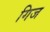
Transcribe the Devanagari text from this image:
गिज